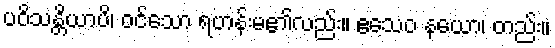
ပဝိသန္တိယာပိ၊ ဝင်သော ရဟန်းမ၏လည်း။ ဧသေဝ နယော၊ တည်း။